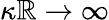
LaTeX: \kappa\mathbb{R}\rightarrow\infty